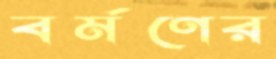
বর্মণের